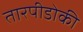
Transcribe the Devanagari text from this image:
तारपीडोकी